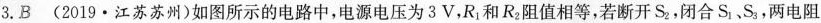
3.B (2019·江苏苏州)如图所示的电路中，电源电压为3V，R_{1}和R_{2}阻值相等，若断开S_{2}，闭合S_{1}、S_{3}，两电阻